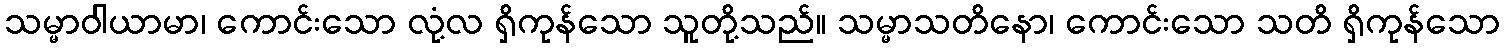
သမ္မာဝါယာမာ၊ ကောင်းသော လုံ့လ ရှိကုန်သော သူတို့သည်။ သမ္မာသတိနော၊ ကောင်းသော သတိ ရှိကုန်သော